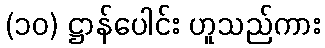
(၁၀) ဋ္ဌာန်ပေါင်း ဟူသည်ကား